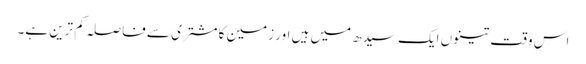
اس وقت تینوں ایک سیدھ میں ہیں اور زمین کا مشتری سے فاصلہ کم ترین ہے۔